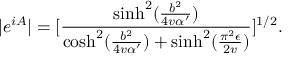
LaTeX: | e ^ { i A } | = [ \frac { \sinh ^ { 2 } ( \frac { b ^ { 2 } } { 4 v \alpha ^ { \prime } } ) } { \cosh ^ { 2 } ( \frac { b ^ { 2 } } { 4 v \alpha ^ { \prime } } ) + \sinh ^ { 2 } ( \frac { \pi ^ { 2 } \epsilon } { 2 v } ) } ] ^ { 1 / 2 } .